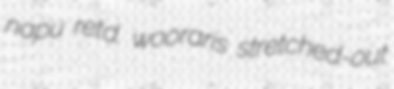
napu retd. wooraris stretched-out